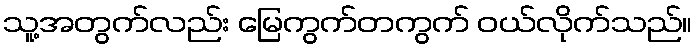
သူ့အတွက်လည်း မြေကွက်တကွက် ဝယ်လိုက်သည်။